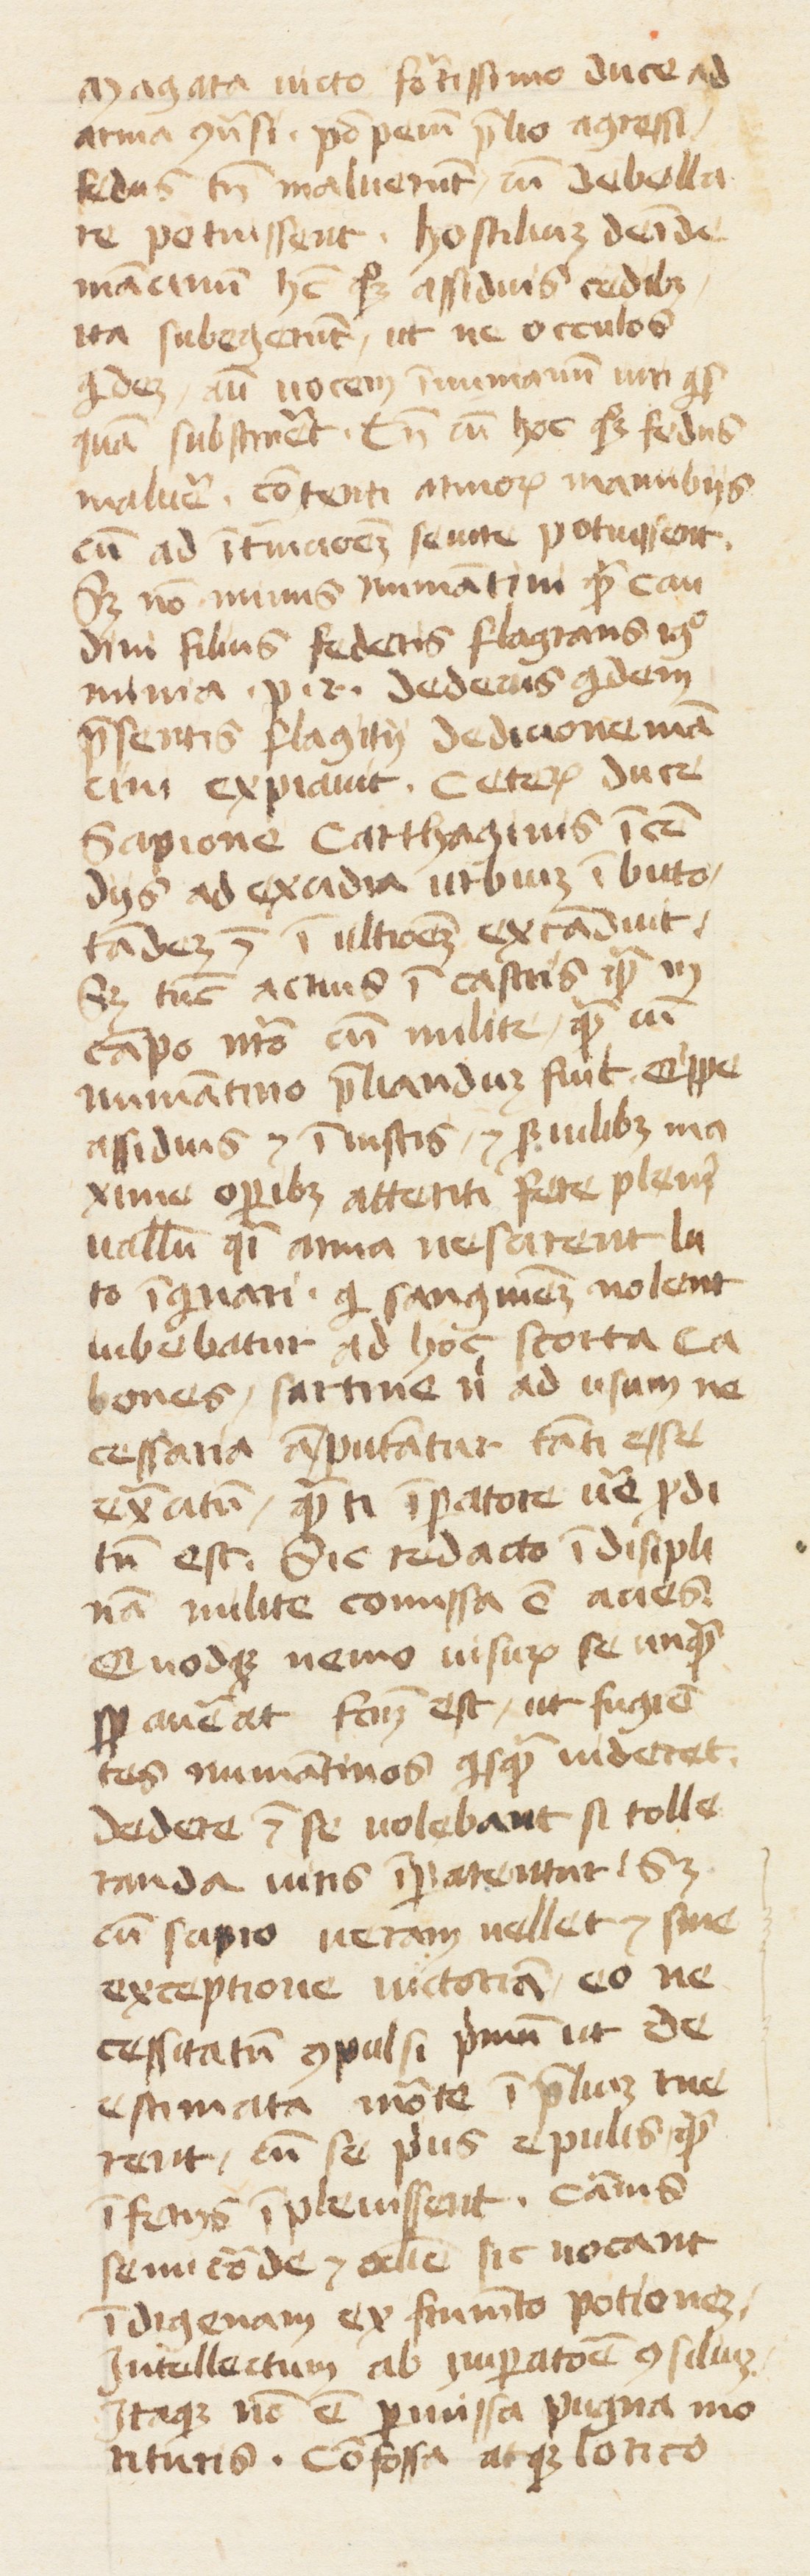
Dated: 1400–1415